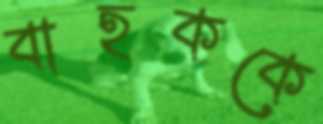
বাহককে